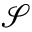
{ \mathcal S }